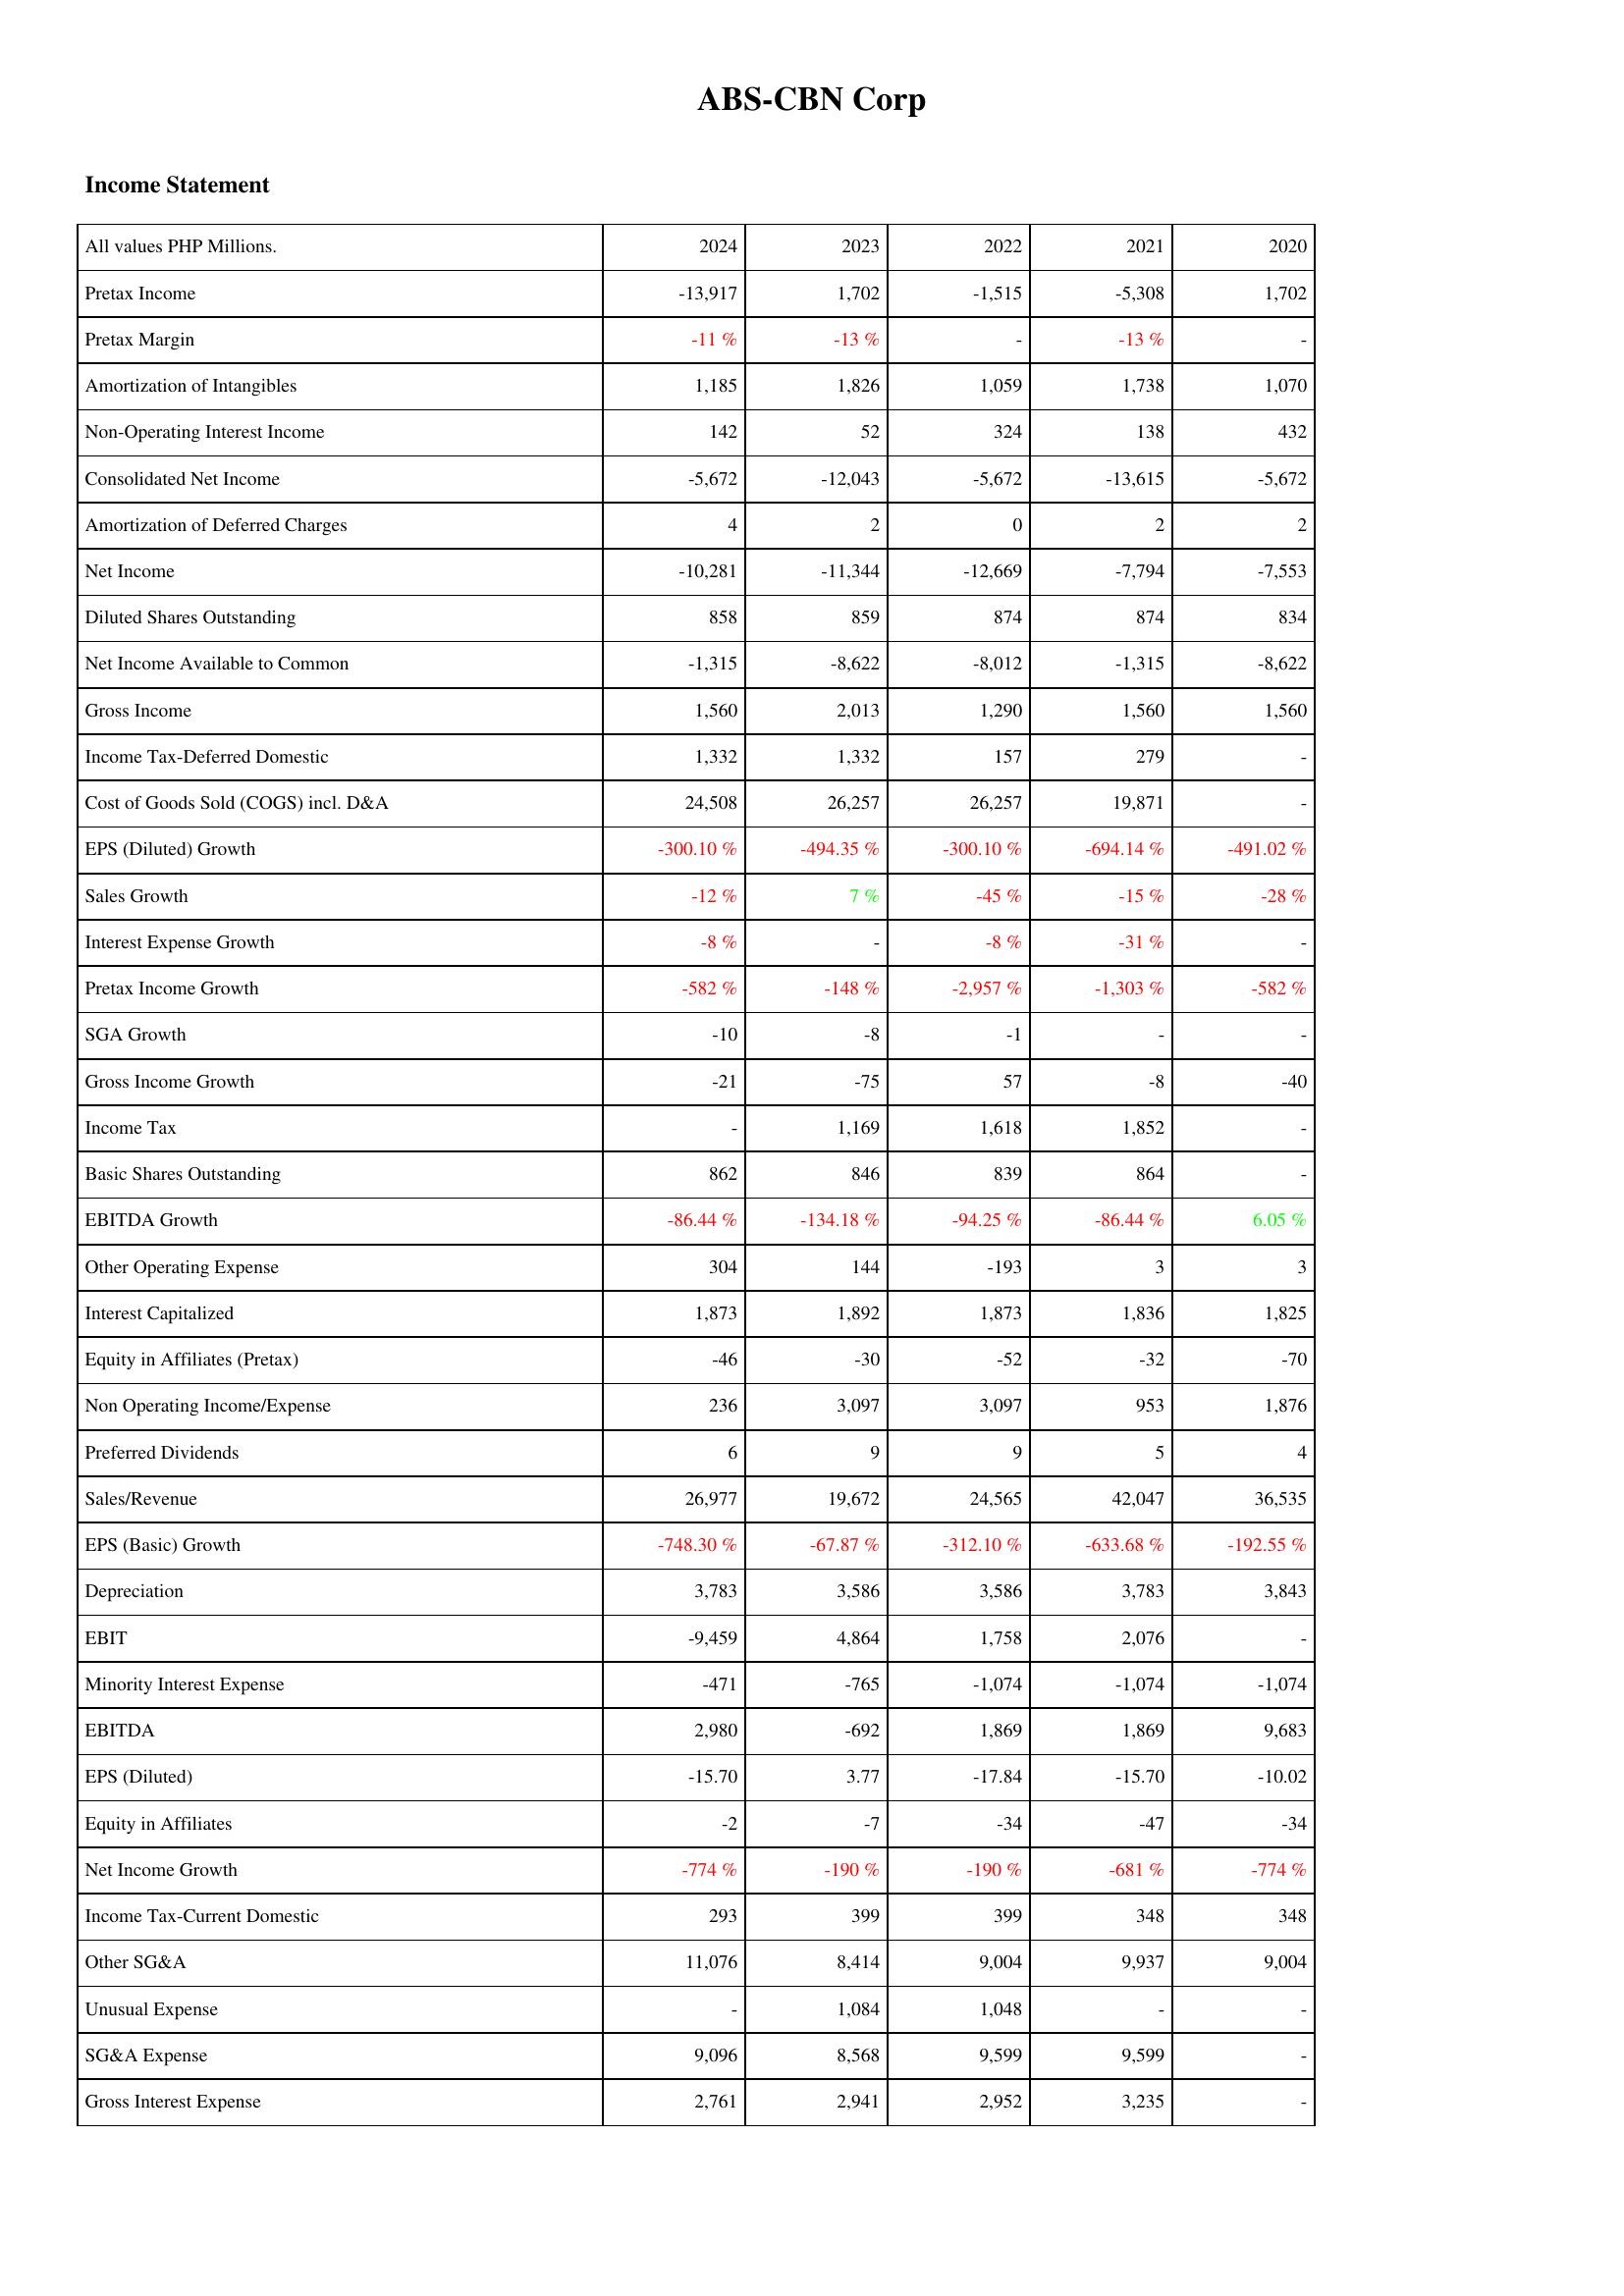
2024: Income Statement: Pretax Income: -13,917
Pretax Margin: -11 %
Amortization of Intangibles: 1,185
Non-Operating Interest Income: 142
Consolidated Net Income: -5,672
Amortization of Deferred Charges: 4
Net Income: -10,281
Diluted Shares Outstanding: 858
Net Income Available to Common: -1,315
Gross Income: 1,560
Income Tax-Deferred Domestic: 1,332
Cost of Goods Sold (COGS) incl. D&A: 24,508
EPS (Diluted) Growth: -300.10 %
Sales Growth: -12 %
Interest Expense Growth: -8 %
Pretax Income Growth: -582 %
SGA Growth: -10
Gross Income Growth: -21
Income Tax: -
Basic Shares Outstanding: 862
EBITDA Growth: -86.44 %
Other Operating Expense: 304
Interest Capitalized: 1,873
Equity in Affiliates (Pretax): -46
Non Operating Income/Expense: 236
Preferred Dividends: 6
Sales/Revenue: 26,977
EPS (Basic) Growth: -748.30 %
Depreciation: 3,783
EBIT: -9,459
Minority Interest Expense: -471
EBITDA: 2,980
EPS (Diluted): -15.70
Equity in Affiliates: -2
Net Income Growth: -774 %
Income Tax-Current Domestic: 293
Other SG&A: 11,076
Unusual Expense: -
SG&A Expense: 9,096
Gross Interest Expense: 2,761
2023: Income Statement: Pretax Income: 1,702
Pretax Margin: -13 %
Amortization of Intangibles: 1,826
Non-Operating Interest Income: 52
Consolidated Net Income: -12,043
Amortization of Deferred Charges: 2
Net Income: -11,344
Diluted Shares Outstanding: 859
Net Income Available to Common: -8,622
Gross Income: 2,013
Income Tax-Deferred Domestic: 1,332
Cost of Goods Sold (COGS) incl. D&A: 26,257
EPS (Diluted) Growth: -494.35 %
Sales Growth: 7 %
Interest Expense Growth: -
Pretax Income Growth: -148 %
SGA Growth: -8
Gross Income Growth: -75
Income Tax: 1,169
Basic Shares Outstanding: 846
EBITDA Growth: -134.18 %
Other Operating Expense: 144
Interest Capitalized: 1,892
Equity in Affiliates (Pretax): -30
Non Operating Income/Expense: 3,097
Preferred Dividends: 9
Sales/Revenue: 19,672
EPS (Basic) Growth: -67.87 %
Depreciation: 3,586
EBIT: 4,864
Minority Interest Expense: -765
EBITDA: -692
EPS (Diluted): 3.77
Equity in Affiliates: -7
Net Income Growth: -190 %
Income Tax-Current Domestic: 399
Other SG&A: 8,414
Unusual Expense: 1,084
SG&A Expense: 8,568
Gross Interest Expense: 2,941
2022: Income Statement: Pretax Income: -1,515
Pretax Margin: -
Amortization of Intangibles: 1,059
Non-Operating Interest Income: 324
Consolidated Net Income: -5,672
Amortization of Deferred Charges: 0
Net Income: -12,669
Diluted Shares Outstanding: 874
Net Income Available to Common: -8,012
Gross Income: 1,290
Income Tax-Deferred Domestic: 157
Cost of Goods Sold (COGS) incl. D&A: 26,257
EPS (Diluted) Growth: -300.10 %
Sales Growth: -45 %
Interest Expense Growth: -8 %
Pretax Income Growth: -2,957 %
SGA Growth: -1
Gross Income Growth: 57
Income Tax: 1,618
Basic Shares Outstanding: 839
EBITDA Growth: -94.25 %
Other Operating Expense: -193
Interest Capitalized: 1,873
Equity in Affiliates (Pretax): -52
Non Operating Income/Expense: 3,097
Preferred Dividends: 9
Sales/Revenue: 24,565
EPS (Basic) Growth: -312.10 %
Depreciation: 3,586
EBIT: 1,758
Minority Interest Expense: -1,074
EBITDA: 1,869
EPS (Diluted): -17.84
Equity in Affiliates: -34
Net Income Growth: -190 %
Income Tax-Current Domestic: 399
Other SG&A: 9,004
Unusual Expense: 1,048
SG&A Expense: 9,599
Gross Interest Expense: 2,952
2021: Income Statement: Pretax Income: -5,308
Pretax Margin: -13 %
Amortization of Intangibles: 1,738
Non-Operating Interest Income: 138
Consolidated Net Income: -13,615
Amortization of Deferred Charges: 2
Net Income: -7,794
Diluted Shares Outstanding: 874
Net Income Available to Common: -1,315
Gross Income: 1,560
Income Tax-Deferred Domestic: 279
Cost of Goods Sold (COGS) incl. D&A: 19,871
EPS (Diluted) Growth: -694.14 %
Sales Growth: -15 %
Interest Expense Growth: -31 %
Pretax Income Growth: -1,303 %
SGA Growth: -
Gross Income Growth: -8
Income Tax: 1,852
Basic Shares Outstanding: 864
EBITDA Growth: -86.44 %
Other Operating Expense: 3
Interest Capitalized: 1,836
Equity in Affiliates (Pretax): -32
Non Operating Income/Expense: 953
Preferred Dividends: 5
Sales/Revenue: 42,047
EPS (Basic) Growth: -633.68 %
Depreciation: 3,783
EBIT: 2,076
Minority Interest Expense: -1,074
EBITDA: 1,869
EPS (Diluted): -15.70
Equity in Affiliates: -47
Net Income Growth: -681 %
Income Tax-Current Domestic: 348
Other SG&A: 9,937
Unusual Expense: -
SG&A Expense: 9,599
Gross Interest Expense: 3,235
2020: Income Statement: Pretax Income: 1,702
Pretax Margin: -
Amortization of Intangibles: 1,070
Non-Operating Interest Income: 432
Consolidated Net Income: -5,672
Amortization of Deferred Charges: 2
Net Income: -7,553
Diluted Shares Outstanding: 834
Net Income Available to Common: -8,622
Gross Income: 1,560
Income Tax-Deferred Domestic: -
Cost of Goods Sold (COGS) incl. D&A: -
EPS (Diluted) Growth: -491.02 %
Sales Growth: -28 %
Interest Expense Growth: -
Pretax Income Growth: -582 %
SGA Growth: -
Gross Income Growth: -40
Income Tax: -
Basic Shares Outstanding: -
EBITDA Growth: 6.05 %
Other Operating Expense: 3
Interest Capitalized: 1,825
Equity in Affiliates (Pretax): -70
Non Operating Income/Expense: 1,876
Preferred Dividends: 4
Sales/Revenue: 36,535
EPS (Basic) Growth: -192.55 %
Depreciation: 3,843
EBIT: -
Minority Interest Expense: -1,074
EBITDA: 9,683
EPS (Diluted): -10.02
Equity in Affiliates: -34
Net Income Growth: -774 %
Income Tax-Current Domestic: 348
Other SG&A: 9,004
Unusual Expense: -
SG&A Expense: -
Gross Interest Expense: -